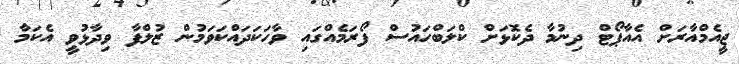
ޖީއެމްއާރަށް އެއާޕޯޓް ދިނުމާ ދެކޮޅަށް ކްލަބްހައުސް ފޯރަމެއްގައި ވާހަކަދައްކަވަމުން ޒުލްފާ ވިދާޅުވީ އެކަމާ